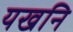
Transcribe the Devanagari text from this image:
यखनि